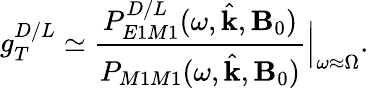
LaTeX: g_{T}^{D/L}\simeq\frac{P_{E1M1}^{D/L}(\omega,\hat{\mathbf{k}},\mathbf{B}_{0})}{P_{M1M1}(\omega,\hat{\mathbf{k}},\mathbf{B}_{0})}\Bigr|_{\omega\approx\Omega}.